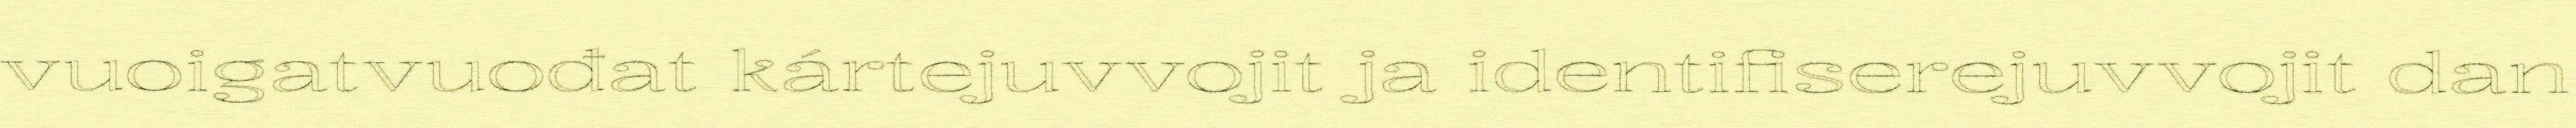
vuoigatvuođat kártejuvvojit ja identifiserejuvvojit dan